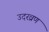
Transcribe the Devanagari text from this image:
उदरव्रण